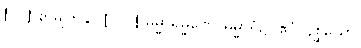
[၀၂] စာမျက်နှာ [၁၂၂] ဓမ္မာရမ္မဏေ၊ ဓမ္မာရုံ၌။ ဧဝံဝိနိစ္ဆယော၊